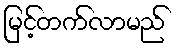
မြင့်တက်လာမည်